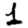
Digit: 1